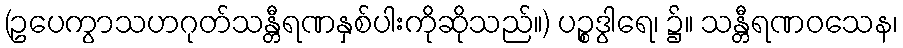
(ဥပေကွာသဟဂုတ်သန္တီရဏနှစ်ပါးကိုဆိုသည်။) ပဉ္စဒွါရေ၊ ၌။ သန္တီရဏဝသေန၊